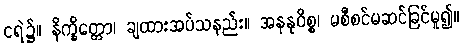
ငရဲ၌။ နိက္ခိတ္တော၊ ချထားအပ်သနည်း။ အနနုဝိစ္စ၊ မစီစင်မဆင်ခြင်မူ၍။